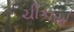
ચીકાસો